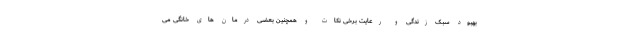
بهبود سبک زندگی و رعایت برخی نکات و همچنین بعضی درمان های خانگی می